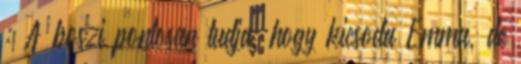
: A boszi pontosan tudja, hogy kicsoda Emma, de